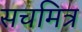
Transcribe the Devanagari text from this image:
सचमित्र